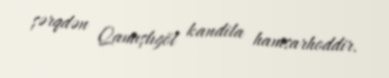
şərqdən Qamışlıgöl kandila hamsarhoddir.